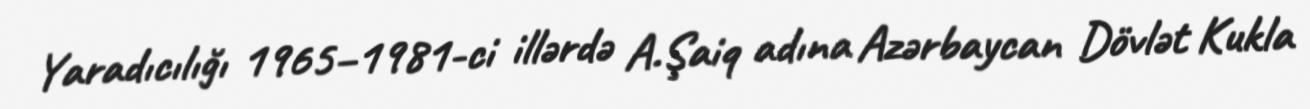
Yaradıcılığı 1965–1981-ci illərdə A.Şaiq adına Azərbaycan Dövlət Kukla